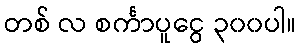
တစ် လ စင်္ကာပူငွေ ၃၀၀ပါ။